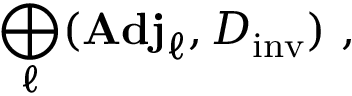
\bigoplus _ { \ell } ( { \bf A d j } _ { \ell } , D _ { \mathrm { i n v } } ) ~ ,